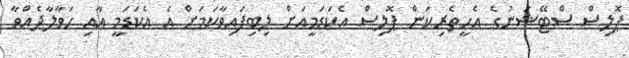
ޕޮލިސް ސްޓޭޝަނުގެ އެހީތެރިކަން ޕޮލިސް އެކަޑަމީއަށް ލިބިފައިވާކަމަށް އެ އެކަޑަމީ އާއި ހަވާލާދެއްވާ